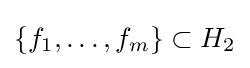
\{f_{1},\ldots ,f_{m}\}\subset H_{2}